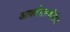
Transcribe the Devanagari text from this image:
आवर्तसारणीतील